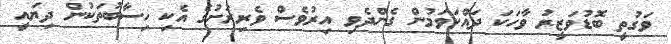
ވަގުތީ ބޮޑުވަޒީރު ވާހަކަ ދައްކަވަމުން ގެންދެވި އިރުވެސް ވެރިރަށުގެ އެކި ހިސާބުތަކުން ދިޔައީ